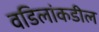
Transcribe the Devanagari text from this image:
वडिलांकडील